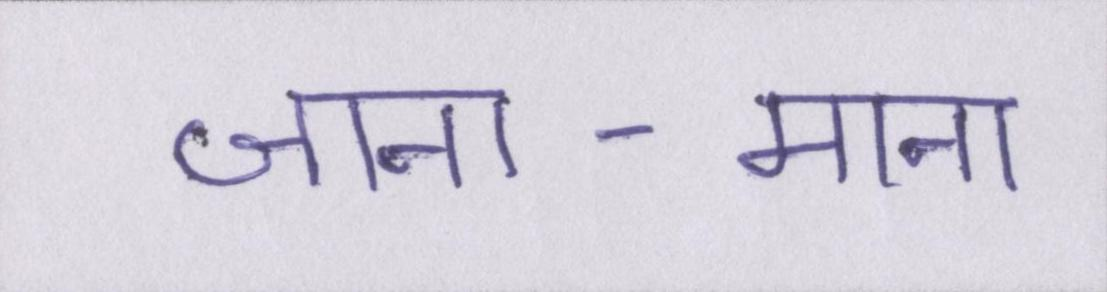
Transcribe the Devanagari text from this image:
जाना-माना